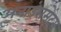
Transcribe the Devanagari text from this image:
अनाउंसमेंट्स